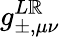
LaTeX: g_{\pm,\mu\nu}^{L\mathbb{R}}